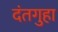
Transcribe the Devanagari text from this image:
दंतगुहा